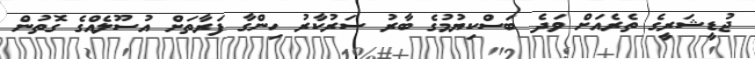
ޖުޑީޝަރީގެ ތެރެއަށް ވަދެ ބަސްކިޔުމުގެ ބާރު ސަރުކާރު ހިންގާ ފަރާތަށް އުސޫލެއްގެ ގޮތުން